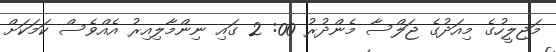
މަޖިލީހުގެ މިއަދުގެ ޖަލްސާ މެންދުރު 00: 2 ގައި ނިންމާލިއިރު އެއްވެސް ކަމަކަށް